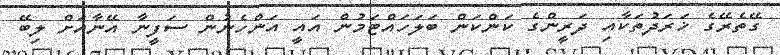
ގޭތެރޭގެ ޚަރަދުތަކާއި ދަރީންގެ ކަންކަން ބަލަހައްޓަމުން އައީ އަންހެނުން ސަފީނާ އޭނާއަށް ލިބޭ